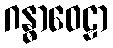
ဂန္ဓာဝေဠာ